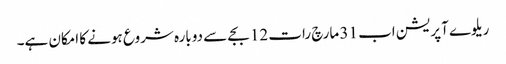
ریلوے آپریشن اب 31 مارچ رات 12 بجے سے دوبارہ شروع ہونے کا امکان ہے۔